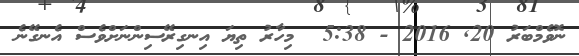
ނޮވެމްބަރު 20